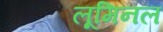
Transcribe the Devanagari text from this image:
लूमिनल